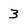
Character: 3